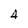
Character: 4